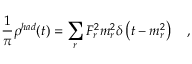
\frac { 1 } { \pi } \rho ^ { h a d } ( t ) = \sum _ { r } F _ { r } ^ { 2 } m _ { r } ^ { 2 } \delta \left( t - m _ { r } ^ { 2 } \right) \quad ,